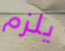
يلزم